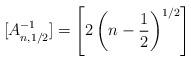
LaTeX: \begin{gather*} [A^{-1}_{n, 1/2}] = \left[2\left(n-\frac{1}{2}\right)^{1/2}\right] \end{gather*}